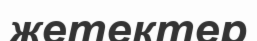
жетектер